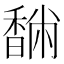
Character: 䭱